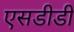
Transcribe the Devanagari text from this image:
एसडीडी